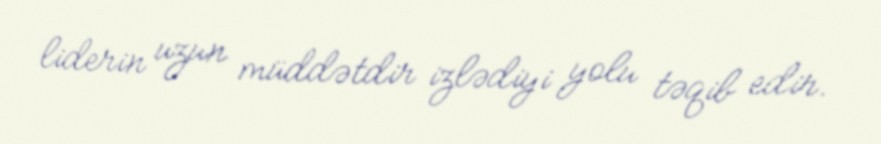
liderin uzun müddətdir izlədiyi yolu təqib edir.